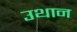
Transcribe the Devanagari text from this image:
उथान